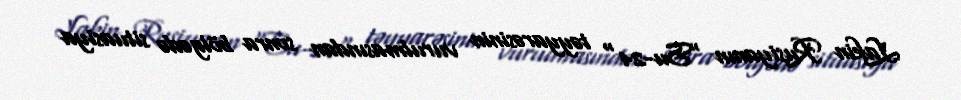
Lakin Rusiyanın “Su-24" təyyarəsinin vurulmasından sonra bölgədə situasiya